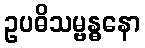
ဥပဓိသမ္ဗန္ဓနော